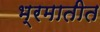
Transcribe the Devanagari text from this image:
भ्रमातीत